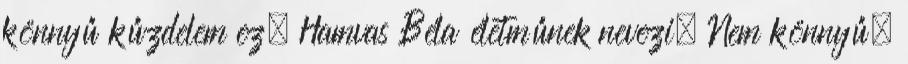
könnyű kűzdelem ez. Hamvas Béla életműnek nevezi. Nem könnyű,